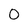
Character: 0